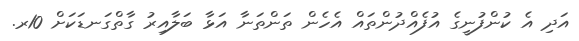
އަދި އެ ކުންފުނީގެ އުފެއްދުންތައް އެހެން ތަންތަނާ އަޅާ ބަލާއިރު ގާތްގަނޑަކަށް 10ރ.